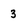
Character: 3